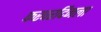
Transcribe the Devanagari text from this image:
फरवरदिनला